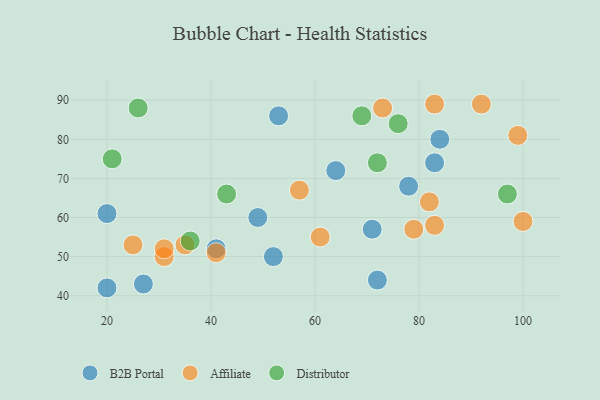
{"axis": {"x": "GDP", "y": "Life Expectancy"}, "legend": ["Affiliate", "B2B Portal", "Distributor"], "data": [{"x": "27", "y": 43, "type": "B2B Portal"}, {"x": "72", "y": 44, "type": "B2B Portal"}, {"x": "71", "y": 57, "type": "B2B Portal"}, {"x": "20", "y": 61, "type": "B2B Portal"}, {"x": "52", "y": 50, "type": "B2B Portal"}, {"x": "53", "y": 86, "type": "B2B Portal"}, {"x": "49", "y": 60, "type": "B2B Portal"}, {"x": "83", "y": 74, "type": "B2B Portal"}, {"x": "20", "y": 42, "type": "B2B Portal"}, {"x": "41", "y": 52, "type": "B2B Portal"}, {"x": "78", "y": 68, "type": "B2B Portal"}, {"x": "64", "y": 72, "type": "B2B Portal"}, {"x": "84", "y": 80, "type": "B2B Portal"}, {"x": "82", "y": 64, "type": "Affiliate"}, {"x": "31", "y": 50, "type": "Affiliate"}, {"x": "31", "y": 52, "type": "Affiliate"}, {"x": "57", "y": 67, "type": "Affiliate"}, {"x": "35", "y": 53, "type": "Affiliate"}, {"x": "73", "y": 88, "type": "Affiliate"}, {"x": "79", "y": 57, "type": "Affiliate"}, {"x": "41", "y": 51, "type": "Affiliate"}, {"x": "83", "y": 58, "type": "Affiliate"}, {"x": "61", "y": 55, "type": "Affiliate"}, {"x": "92", "y": 89, "type": "Affiliate"}, {"x": "99", "y": 81, "type": "Affiliate"}, {"x": "83", "y": 89, "type": "Affiliate"}, {"x": "25", "y": 53, "type": "Affiliate"}, {"x": "100", "y": 59, "type": "Affiliate"}, {"x": "43", "y": 66, "type": "Distributor"}, {"x": "69", "y": 86, "type": "Distributor"}, {"x": "36", "y": 54, "type": "Distributor"}, {"x": "72", "y": 74, "type": "Distributor"}, {"x": "97", "y": 66, "type": "Distributor"}, {"x": "26", "y": 88, "type": "Distributor"}, {"x": "21", "y": 75, "type": "Distributor"}, {"x": "76", "y": 84, "type": "Distributor"}]}